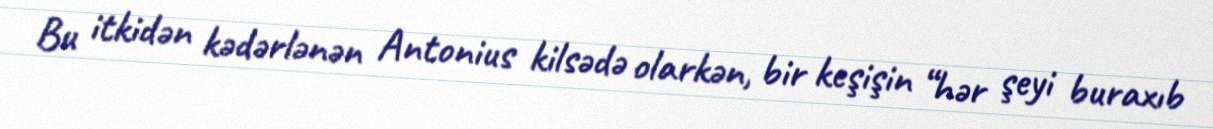
Bu itkidən kədərlənən Antonius kilsədə olarkən, bir keşişin “hər şeyi buraxıb